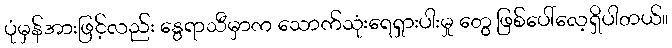
ပုံမှန်အားဖြင့်လည်း နွေရာသီမှာက သောက်သုံးရေရှားပါးမှု တွေ ဖြစ်ပေါ်လေ့ရှိပါတယ်။